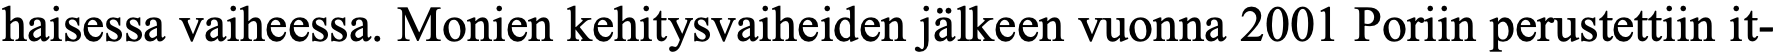
haisessa vaiheessa. Monien kehitysvaiheiden jälkeen vuonna 2001 Poriin perustettiin it-